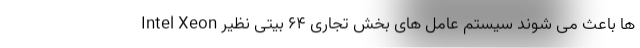
Intel Xeon ها باعث می شوند سیستم عامل های بخش تجاری 64 بیتی نظیر